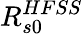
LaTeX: R_{s0}^{HFSS}